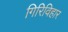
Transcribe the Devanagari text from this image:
गिरिविहार